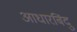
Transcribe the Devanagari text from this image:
आधारबिंदु